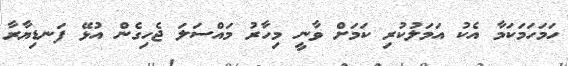
ހަމަހަމަކަމާ އެކު އަމަލުކުރި ކަމަށް ވާނީ މިހާރު މައްސަލަ ޖެހިގެން އުޅޭ ފަނޑިޔާރާ